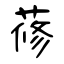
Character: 蓚